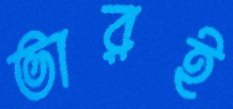
ভারই